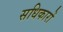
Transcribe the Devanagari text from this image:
सधिकारों